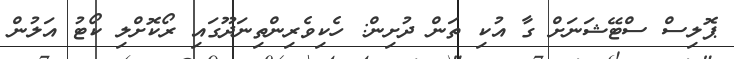
ޕޮލިސް ސްޓޭޝަނަށް ގާ އުކި ތަން ދުށިން: ހެކިވެރިންތިނަދޫގައި ރޯކޮށްލި ކޯޓު އަލުން